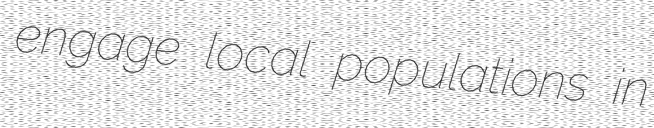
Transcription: engage local populations in